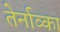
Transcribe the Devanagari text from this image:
तेर्नाव्का